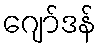
ဂျော်ဒန်